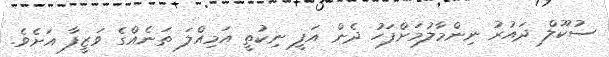
ސުކޫލް ދައުރު ނިންމާލުމަށްފަހު ދެން އަފީ ނިކުތީ އަމިއްލަ ތަނެއްގެ ވަޒީފާ އަށެވެ.